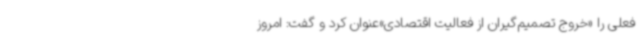
فعلی را «خروج تصمیم‌گیران از فعالیت اقتصادی»عنوان کرد و گفت: امروز